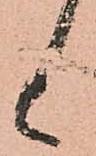
候